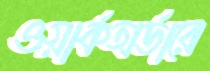
ওয়ার্কঅর্ডারে